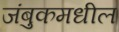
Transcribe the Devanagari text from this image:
जंबुकमधील